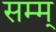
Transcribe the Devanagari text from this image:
सम्म्